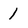
Character: 1